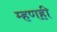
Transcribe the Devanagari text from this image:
म्हणही